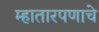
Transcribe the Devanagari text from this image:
म्हातारपणाचे